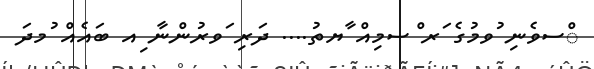
ްސވެނި ުވމުގެ ަރ ްސމިއް ާޔތު.... ދަރި ަވރުންނާ ިއ ބައެއް ުމދަ